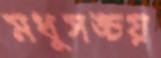
মধুসঙ্চয়